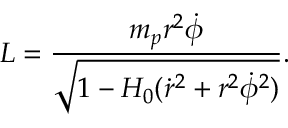
L = \frac { m _ { p } r ^ { 2 } \dot { \phi } } { \sqrt { 1 - H _ { 0 } ( \dot { r } ^ { 2 } + r ^ { 2 } \dot { \phi } ^ { 2 } ) } } .